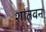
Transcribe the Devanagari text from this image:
शांतवन